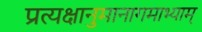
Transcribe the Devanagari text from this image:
प्रत्यक्षानुमानागमाभ्याम्